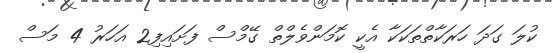
ކުލަ ގަދަ ހަރަކާތްތަކަކާ އެކީ ކޮމަންވެލްތް ގޭމްސް ފަށައިފި2 އަހަރު 4 މަސް